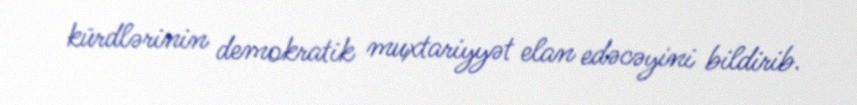
kürdlərinin demokratik muxtariyyət elan edəcəyini bildirib.